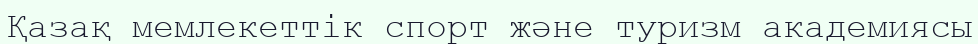
Қазақ мемлекеттік спорт және туризм академиясы